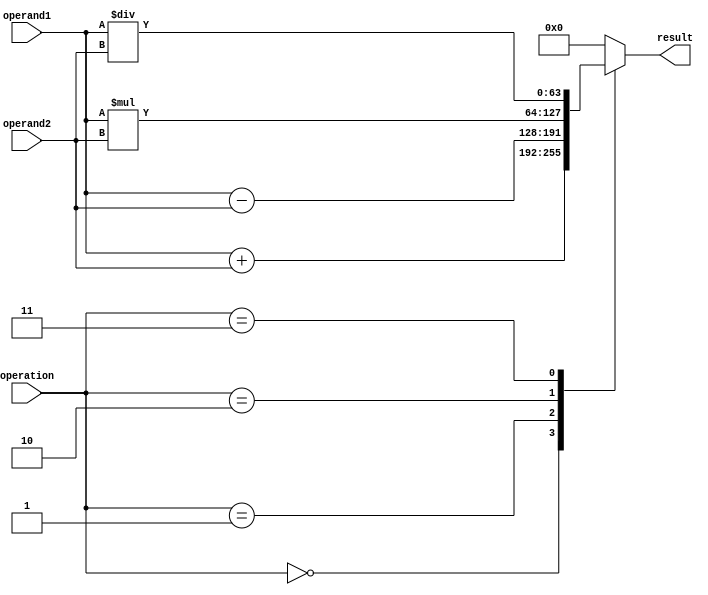
module DoublePrecisionFloatingPointUnit (
    input wire [63:0] operand1,
    input wire [63:0] operand2,
    input wire [2:0] operation,
    output reg [63:0] result
);

always @(*)
begin
    case(operation)
        3'b000: result = operand1 + operand2; // Addition
        3'b001: result = operand1 - operand2; // Subtraction
        3'b010: result = operand1 * operand2; // Multiplication
        3'b011: result = operand1 / operand2; // Division
        default: result = 64'b0; // Invalid operation
    endcase
end

endmodule